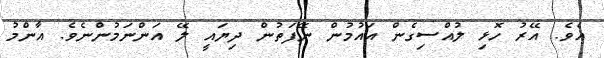
އެވެ. އޭރު ހޮޅި ލުއްސިގެން އައުމުން ނޭފަތުން ދިޔައީ ލޭ އަންނަމުންނެވެ. އާންމު